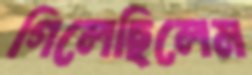
গিলেছিলেম